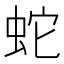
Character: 蛇